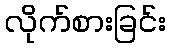
လိုက်စားခြင်း